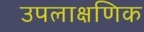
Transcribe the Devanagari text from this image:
उपलाक्षणिक